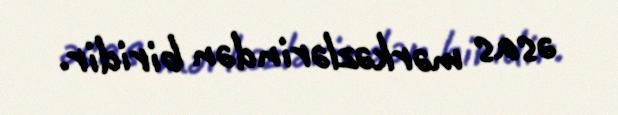
əsas mərkəzlərindən biridir.